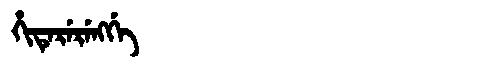
Manchu: ᡥᡳᡨᡝᡵᡝᡵᡝᠩᡤᡝ
Romanization: HITERERENGGE